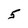
Character: 5